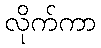
လိုက်ကာ